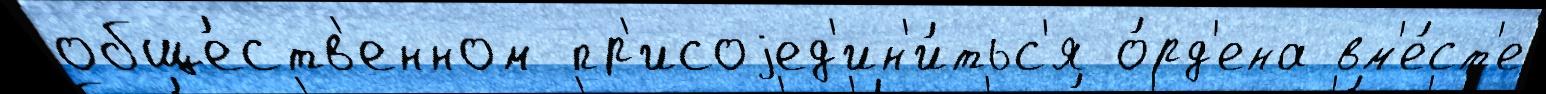
обще́ств'енном пр'исоjед'ин'и́тьс'я о́рд'ена вм'е́ст'е